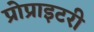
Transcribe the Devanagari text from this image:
प्रोप्राइटरी